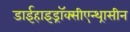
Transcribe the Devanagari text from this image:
डाईहाइड्रॉक्सीएन्थ्रासीन